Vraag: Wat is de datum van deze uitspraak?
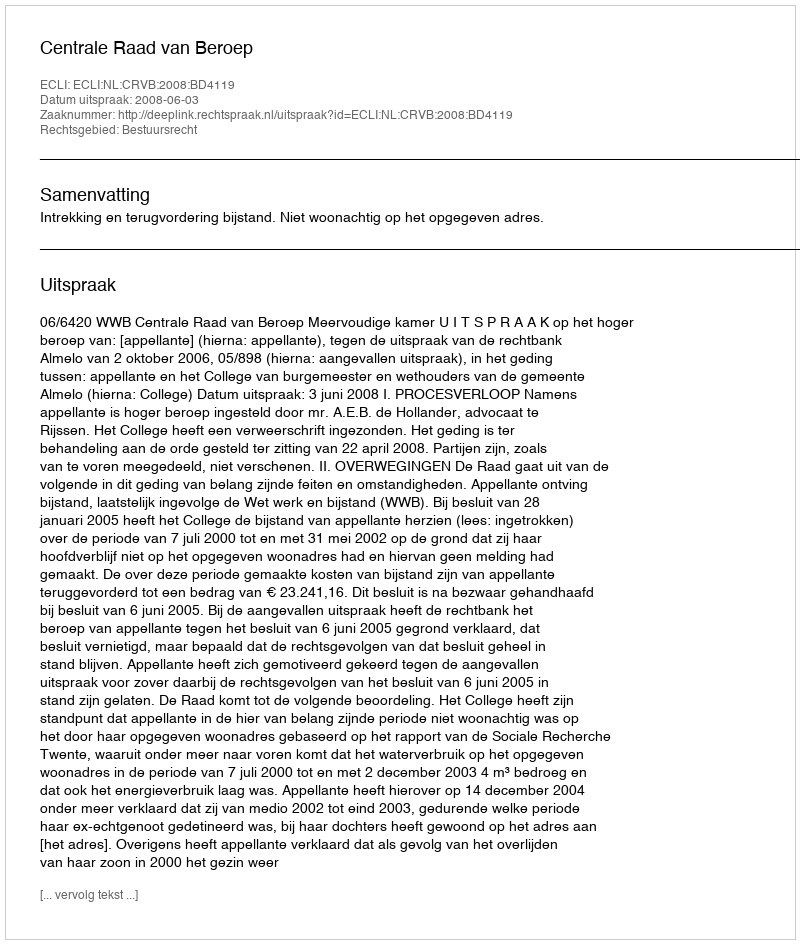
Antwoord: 2008-06-03